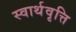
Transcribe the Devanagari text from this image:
स्वार्थवृत्ति